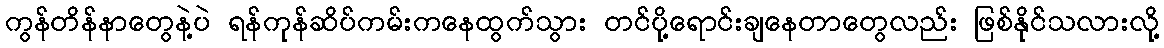
ကွန်တိန်နာတွေနဲ့ပဲ ရန်ကုန်ဆိပ်ကမ်းကနေထွက်သွား တင်ပို့ရောင်းချနေတာတွေလည်း ဖြစ်နိုင်သလားလို့